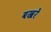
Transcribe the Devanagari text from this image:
बखरें